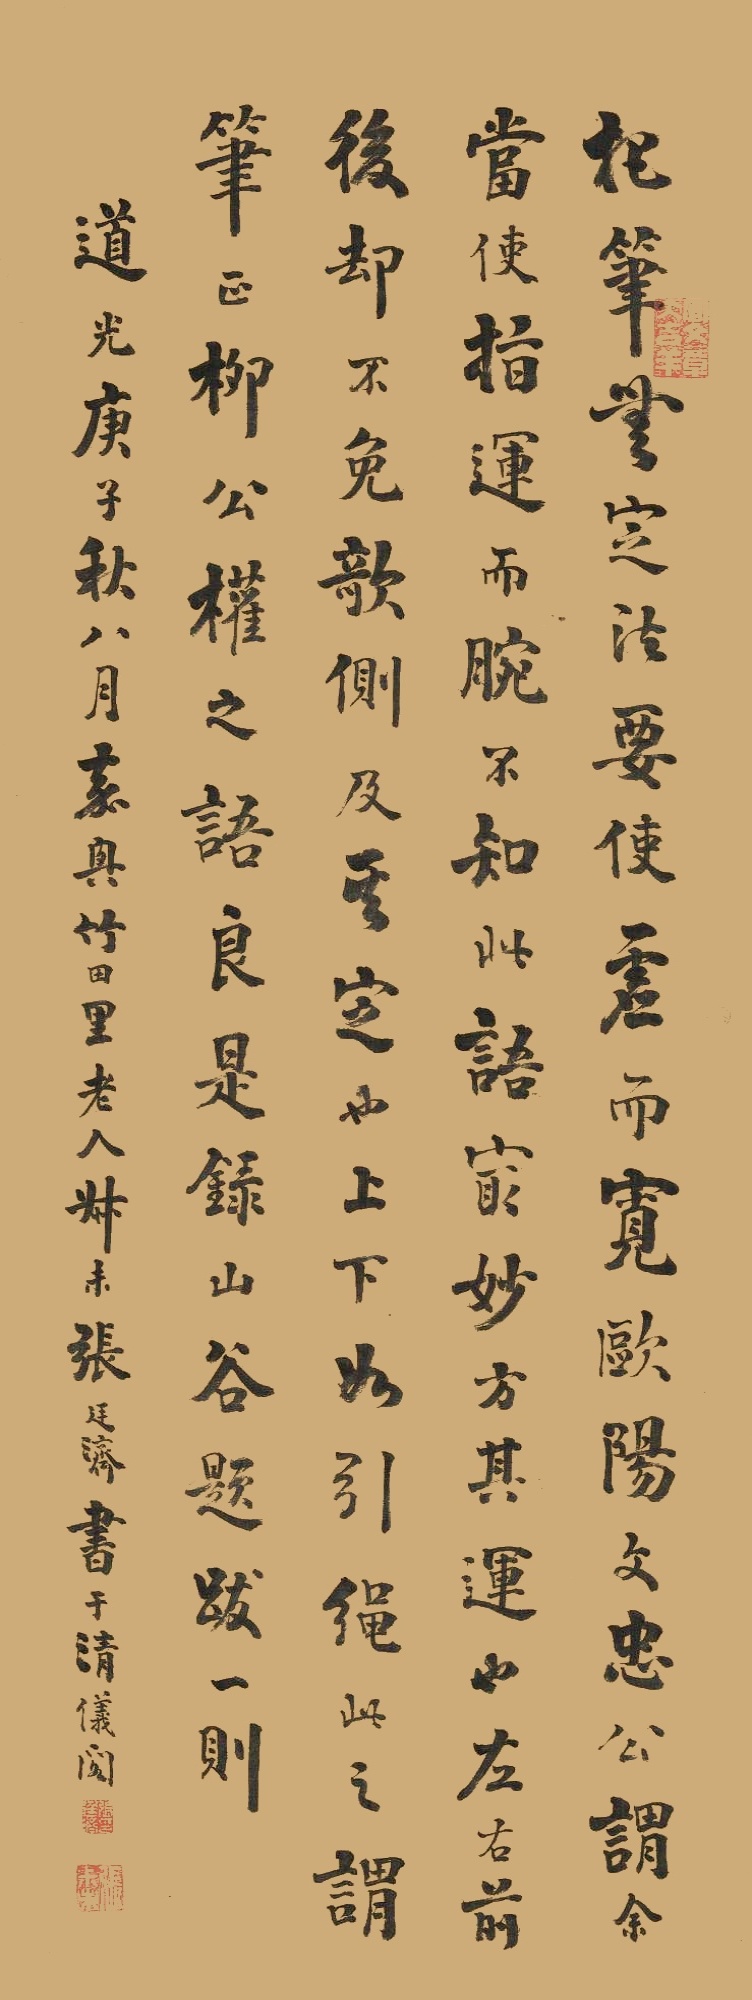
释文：把笔无定法，要使虚而宽。欧阳文忠公谓余，当使指运而腕，不知此语最妙。方其运也，左右前后却不免欹侧，及其定也，上下如引绳，此之谓笔正。柳诚悬之语良是。录山谷题跋一则。道光庚子秋八月嘉兴竹田里老人叔未张廷济书于清仪阁。